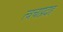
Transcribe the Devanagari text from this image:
त्वचाप्रदाह